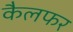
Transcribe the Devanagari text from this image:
कैलफर